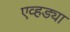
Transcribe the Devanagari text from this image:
एव्हड्या